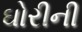
ઘોરીની